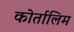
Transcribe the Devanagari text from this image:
कोर्तालिम